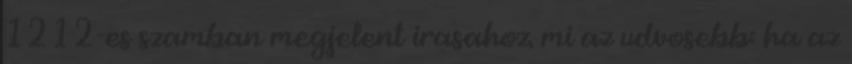
1212-es szamban megjelent irasahoz. mi az udvosebb: ha az